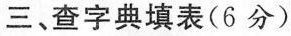
三、查字典填表(6分)